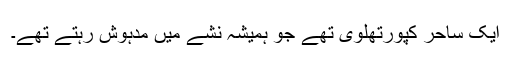
ایک ساحر کپورتھلوی تھے جو ہمیشہ نشے میں مدہوش رہتے تھے۔